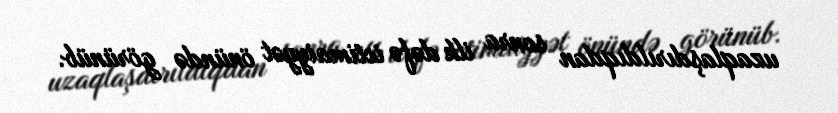
uzaqlaşdırıldıqdan sonra ilk dəfə ictimaiyyət önündə görünüb.